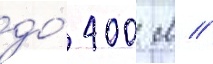
до́ 400 м //